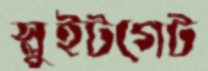
স্লুইটগেট